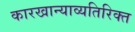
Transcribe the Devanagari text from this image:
कारखान्याव्यतिरिक्त